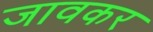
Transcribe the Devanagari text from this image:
जावकर